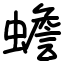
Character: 蟾